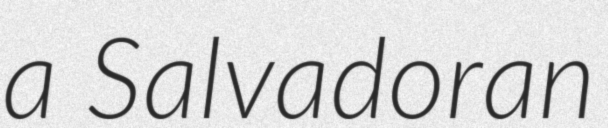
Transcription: a Salvadoran